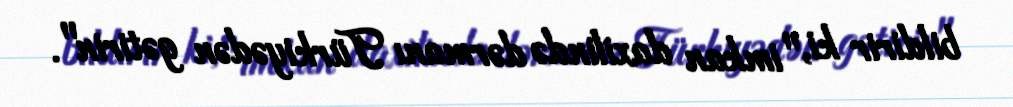
bildirir ki, "imkan daxilində dərmanı Türkiyədən gətirin".